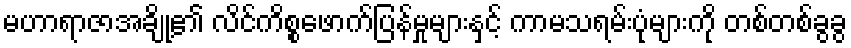
မဟာရာဇာအချို့၏ လိင်ကိစ္စဖောက်ပြန်မှုများနှင့် ကာမသရမ်းပုံများကို တစ်တစ်ခွခွ